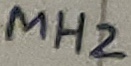
Text: MH2